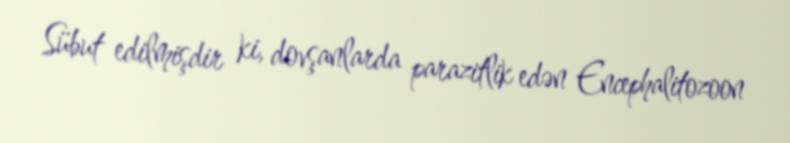
Sübut edilmişdir ki, dovşanlarda parazitlik edən Encephalitozoon